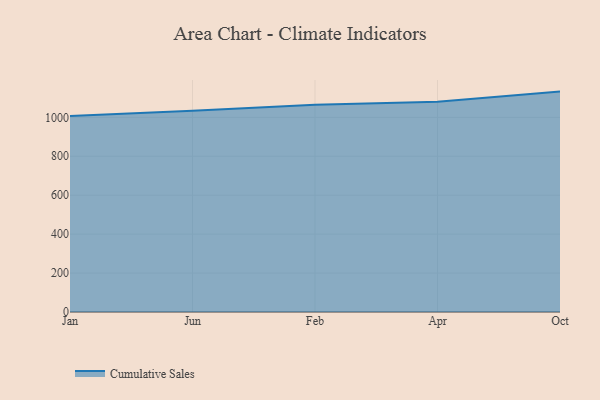
{"axis": {"x": "Month", "y": "Operating Costs (USD K)"}, "legend": ["Cumulative Sales"], "data": [{"x": "Jan", "y": 1006.6, "type": "Cumulative Sales"}, {"x": "Jun", "y": 1033.8, "type": "Cumulative Sales"}, {"x": "Feb", "y": 1065.3, "type": "Cumulative Sales"}, {"x": "Apr", "y": 1080.0, "type": "Cumulative Sales"}, {"x": "Oct", "y": 1132.3, "type": "Cumulative Sales"}]}